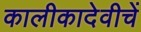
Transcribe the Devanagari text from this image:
कालीकादेवीचें